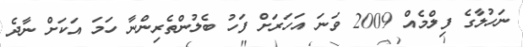
ނަހުލާގެ ފިލްމެއް 2009 ވަނަ އަހަރަށް ފަހު ބެލުންތެރިންނާ ހަމަ އަކަށް ނާދެ